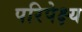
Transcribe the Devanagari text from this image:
परिपेक्ष्‍य